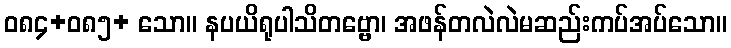
ဝ၈၄+၀၈၅+ သော။ နပယိရုပါသိတဗ္ဗော၊ အဖန်တလဲလဲမဆည်းကပ်အပ်သော။